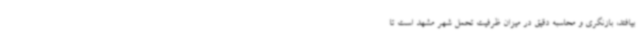
بیافتد، بازنگری و محاسبه دقیق در میزان ظرفیت تحمل شهر مشهد است تا